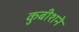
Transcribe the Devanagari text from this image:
कुबीशने